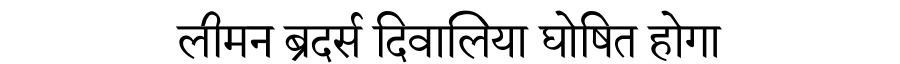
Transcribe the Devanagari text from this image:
लीमन ब्रदर्स दिवालिया घोषित होगा